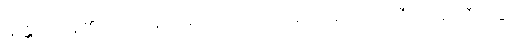
သန္တိ၊ ရှိကုန်၏။ ယထာရူပေန၊ အကြင်သို့သဘောရှိသော။ သီလေန၊ သီလနှင့်။